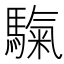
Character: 𩥀